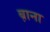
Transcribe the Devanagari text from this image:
ब़ाना